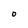
Character: 0